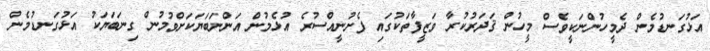
އަޅުގަނޑުމެން ދެމީހުންނަކީވެސް މީހުން ޤަދަރުކުރާ ވަޒީފާތަކުގައި ފެށުނީއްސުރެ އުޅެމުން އަންނަބަޔަކަށްވުމުން ގިނަބަޔަކު އަޅުގަނޑުމެން